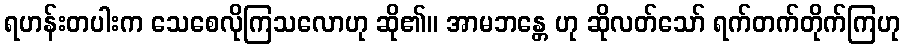
ရဟန်းတပါးက သေစေလိုကြသလောဟု ဆို၏။ အာမဘန္တေ ဟု ဆိုလတ်သော် ရက်တက်တိုက်ကြဟု